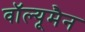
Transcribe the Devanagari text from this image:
वॉल्यूमैन